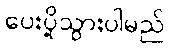
ပေးပို့သွားပါမည်